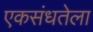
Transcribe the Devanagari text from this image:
एकसंधतेला